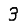
Digit: 3